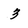
Character: 3